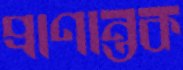
প্রাণান্তক